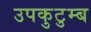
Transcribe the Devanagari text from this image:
उपकुटुम्ब